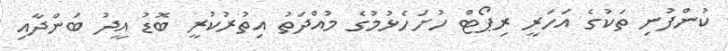
ކުންފުނި ތަކުގެ އަހަރީ ރިޕޯޓް ހުށަހެޅުމުގެ މުއްދަތު އިތުރުކުރީ ބޮޑު އީދު ބަންދާއި